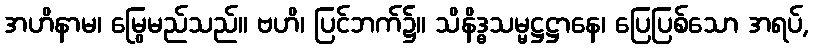
အဟိနာမ၊ မြွေမည်သည်။ ဗဟိ၊ ပြင်ဘက်၌။ သိနိဒ္ဓသမ္မဋ္ဌဋ္ဌာနေ၊ ပြေပြစ်သော အရပ်,